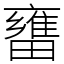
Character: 㽫